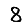
Digit: 8